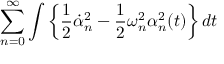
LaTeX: \sum _ { n = 0 } ^ { \infty } \int \left\{ \frac 1 2 \dot { \alpha } _ { n } ^ { 2 } - \frac 1 2 \omega _ { n } ^ { 2 } \alpha _ { n } ^ { 2 } ( t ) \right\} d t